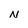
Character: N